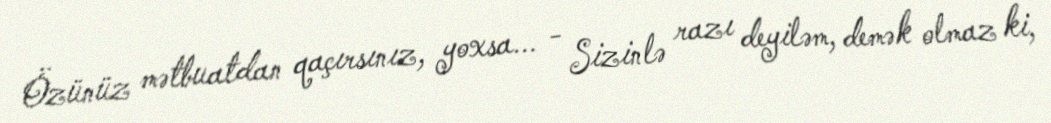
Özünüz mətbuatdan qaçırsınız, yoxsa... - Sizinlə razı deyiləm, demək olmaz ki,